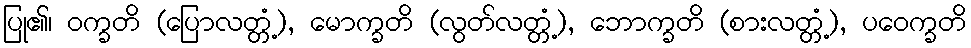
ပြု၏၊ ဝက္ခတိ (ပြောလတ္တံ့), မောက္ခတိ (လွတ်လတ္တံ့), ဘောက္ခတိ (စားလတ္တံ့), ပဝေက္ခတိ